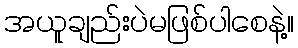
အယူချည်းပဲမဖြစ်ပါစေနဲ့။